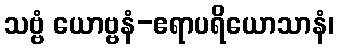
သဗ္ဗံ ယောဗ္ဗနံ-ဧရာပရိယောသာနံ၊